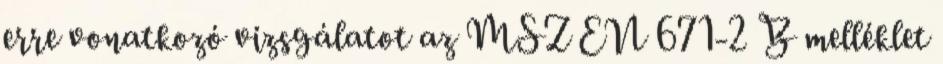
erre vonatkozó vizsgálatot az MSZ EN 671-2 B melléklet